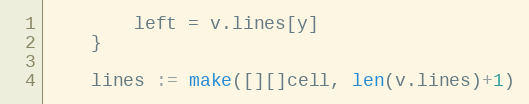
Language: Go
		left = v.lines[y]
	}

	lines := make([][]cell, len(v.lines)+1)